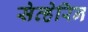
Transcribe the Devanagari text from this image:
सेव्हेरिन